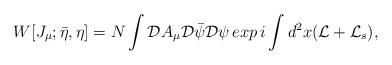
\begin{align*}W [J_\mu; \bar \eta, \eta] = N \int{\cal D} A_\mu {\cal D} \bar \psi{\cal D} \psi\,exp\, i \int d^2 x ({\cal L} +{\cal L}_s),\end{align*}